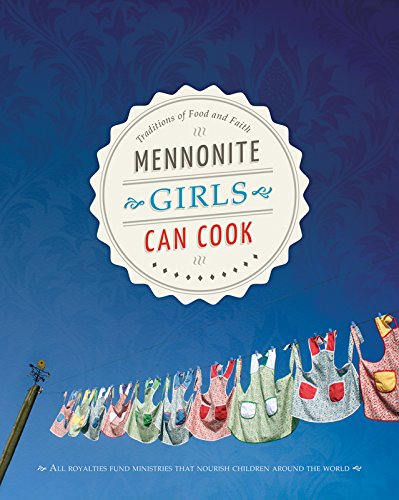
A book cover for Mennonite Girls Can Cook; VARIOUS; Cookbooks, Food & Wine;